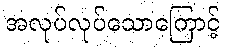
အလုပ်လုပ်သောကြောင့်